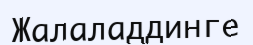
Жалаладдинге